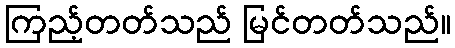
ကြည့်တတ်သည် မြင်တတ်သည်။